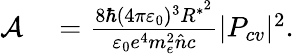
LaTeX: \begin{array}{rl}{\mathcal{A}}&{{}=\frac{8\hbar(4\pi\varepsilon_{0})^{3}R^{*^{2}}}{\varepsilon_{0}e^{4}m_{e}^{2}\hat{n}c}|P_{cv}|^{2}.}\end{array}